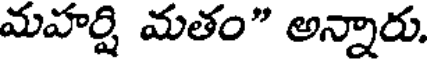
మహర్షి మతం" అన్నారు.